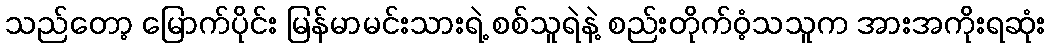
သည်တော့ မြောက်ပိုင်း မြန်မာမင်းသားရဲ့ စစ်သူရဲနဲ့ စည်းတိုက်ဝံ့သသူက အားအကိုးရဆုံး